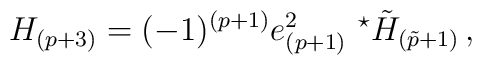
H_{(p+3)}=(-1)^{(p+1)}e^{2}_{(p+1)}\ {}^{\star}\tilde{H}_{(\tilde{p}+1)}\, ,